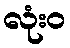
လုံးဝ